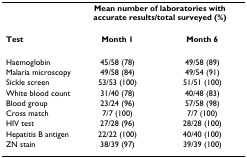
<table><thead><tr><td></td><td colspan="2"><b>Mean number of laboratories with accurate results/total surveyed (%)</b></td></tr></thead><tbody><tr><td><b>Test</b></td><td><b>Month 1</b></td><td><b>Month 6</b></td></tr><tr><td>Haemoglobin</td><td>45/58 (78)</td><td>49/58 (89)</td></tr><tr><td>Malaria microscopy</td><td>49/58 (84)</td><td>49/54 (91)</td></tr><tr><td>Sickle screen</td><td>53/53 (100)</td><td>51/51 (100)</td></tr><tr><td>White blood count</td><td>31/40 (78)</td><td>40/48 (83)</td></tr><tr><td>Blood group</td><td>23/24 (96)</td><td>57/58 (98)</td></tr><tr><td>Cross match</td><td>7/7 (100)</td><td>7/7 (100)</td></tr><tr><td>HIV test</td><td>27/28 (96)</td><td>28/28 (100)</td></tr><tr><td>Hepatitis B antigen</td><td>22/22 (100)</td><td>40/40 (100)</td></tr><tr><td>ZN stain</td><td>38/39 (97)</td><td>39/39 (100)</td></tr></tbody></table>